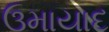
ઉમાયાદ